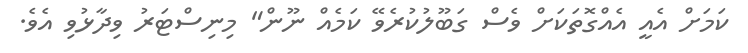
ކަމަށް އެއީ އެއްގޮތަކަށް ވެސް ގަބޫލުކުރެވޭ ކަމެއް ނޫން" މިނިސްޓަރު ވިދާޅުވި އެވެ.